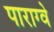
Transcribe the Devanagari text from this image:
पाराग्वे